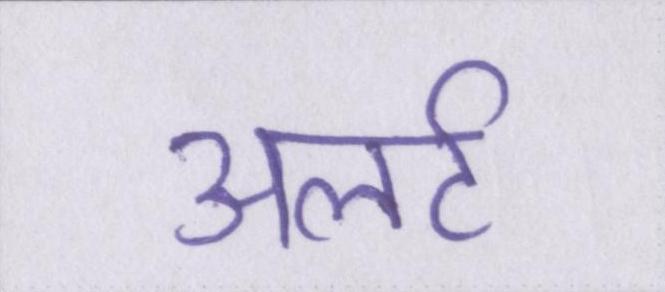
अलर्ट